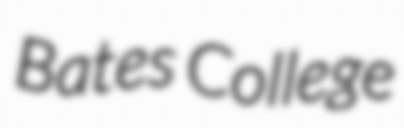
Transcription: Bates College